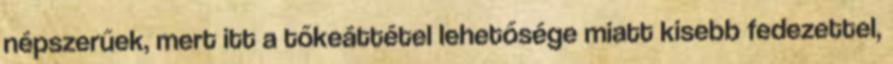
népszerűek, mert itt a tőkeáttétel lehetősége miatt kisebb fedezettel,